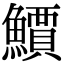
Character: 𫠎